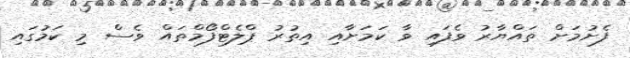
ފެށުމަށް ތައްޔާރު ވެފައި ވާ ކަމަށާއި އިތުރު ޕްލެޓްފޯމްތައް ވެސް މި ކަމުގައި